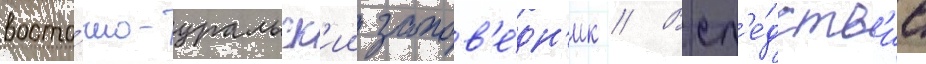
восто́чно-уральск'ии запов'е́дн'ик // Всл'е́дств'ие